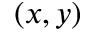
( x , y )